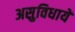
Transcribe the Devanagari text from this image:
असुविधायें